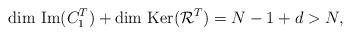
LaTeX: \begin{align*}\hbox{dim Im}(C_1^T) + \hbox{dim Ker}(\mathcal R^T)= N-1+d>N,\end{align*}